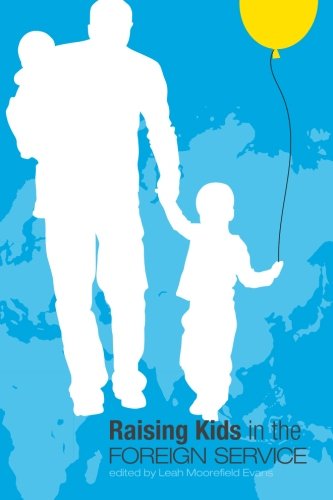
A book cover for Raising Kids in the Foreign Service; Associates of the American Foreign Service Worldwide; Travel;